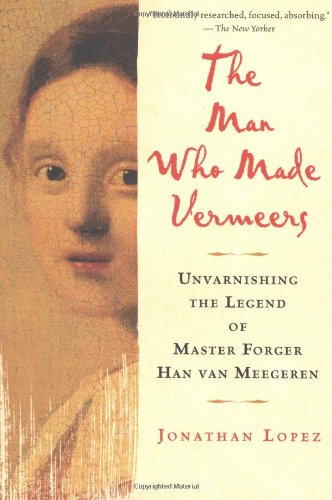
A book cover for The Man Who Made Vermeers: Unvarnishing the Legend of Master Forger Han van Meegeren; Jonathan Lopez; Crafts, Hobbies & Home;